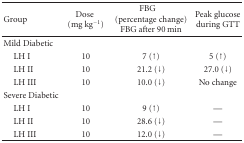
<table><thead><tr><td><b>Group</b></td><td><b>Dose (mg kg<sup>−1</sup>)</b></td><td><b> FBG (percentage change) FBG after 90 min</b></td><td><b>Peak glucose during GTT</b></td></tr></thead><tbody><tr><td>Mild Diabetic</td><td></td><td></td><td></td></tr><tr><td> LH I</td><td>10</td><td>7 (↑)</td><td>5 (↑)</td></tr><tr><td> LH II</td><td>10</td><td>21.2 (↓)</td><td>27.0 (↓)</td></tr><tr><td> LH III</td><td>10</td><td>10.0 (↓)</td><td>No change</td></tr><tr><td>Severe Diabetic</td><td></td><td></td><td></td></tr><tr><td> LH I</td><td>10</td><td>9 (↑)</td><td>—</td></tr><tr><td> LH II</td><td>10</td><td>28.6 (↓)</td><td>—</td></tr><tr><td> LH III</td><td>10</td><td>12.0 (↓)</td><td>—</td></tr></tbody></table>